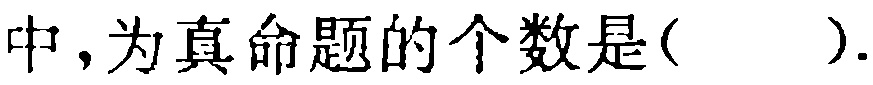
中，为真命题的个数是(  ).